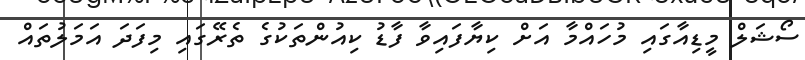
ސޯޝަލް މީޑިއާގައި މުހައްމާ އަށް ކިޔާފައިވާ ފާޑު ކިއުންތަކުގެ ތެރޭގައި މިފަދަ އަމަލުތައް